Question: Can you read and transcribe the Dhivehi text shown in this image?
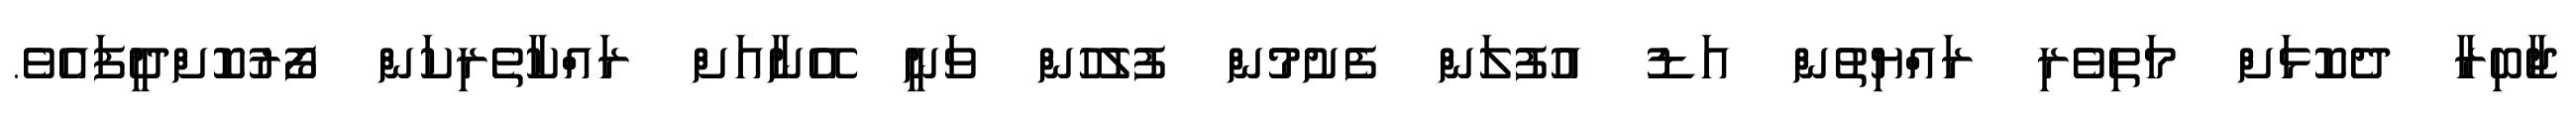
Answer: ޖާބިރާ ދެކޮޅަށް މަތިވެރި ރައްޔިތުން އަޑު އުފުލަން ފެށުމުން ފުލުހުން ވަނީ އޭނާއަށް ރައްކާތެރިކަން ފޯރުކޮށްދީފައެވެ.